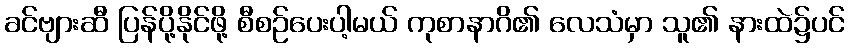
ခင်ဗျားဆီ ပြန်ပို့နိုင်ဖို့ စီစဉ်ပေးပါ့မယ် ကုစာနာဂိ၏ လေသံမှာ သူ၏ နားထဲ၌ပင်